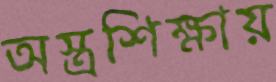
অস্ত্রশিক্ষায়